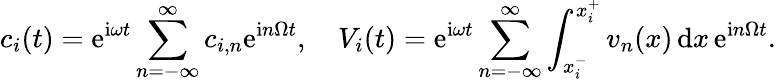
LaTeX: c_{i}(t)=\mathrm{e}^{\mathrm{i}\omega t}\sum_{n=-\infty}^{\infty}c_{i,n}\mathrm{e}^{\mathrm{i}n\Omega t},\quad V_{i}(t)=\mathrm{e}^{\mathrm{i}\omega t}\sum_{n=-\infty}^{\infty}\int_{x_{i}^{-}}^{x_{i}^{+}}v_{n}(x)\, \mathrm{d}x\, \mathrm{e}^{\mathrm{i}n\Omega t}.